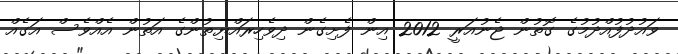
ވައުދުފުއްދުމުގެ ގޮތުން ޖެނުއަރީ 2012 އިން ފެށިގެން ދިވެހިރައްޔިތުންގެ އަތުން އެއްވެސް އަގެއް